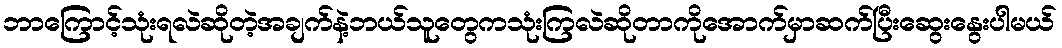
ဘာကြောင့်သုံးရလဲဆိုတဲ့အချက်နဲ့ဘယ်သူတွေကသုံးကြလဲဆိုတာကိုအောက်မှာဆက်ပြီးဆွေးနွေးပါမယ်